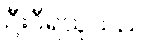
ဦးဝီရသူသည်